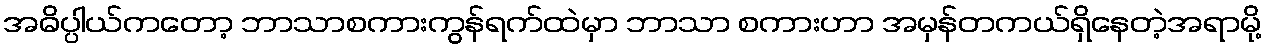
အဓိပ္ပါယ်ကတော့ ဘာသာစကားကွန်ရက်ထဲမှာ ဘာသာ စကားဟာ အမှန်တကယ်ရှိနေတဲ့အရာမို့